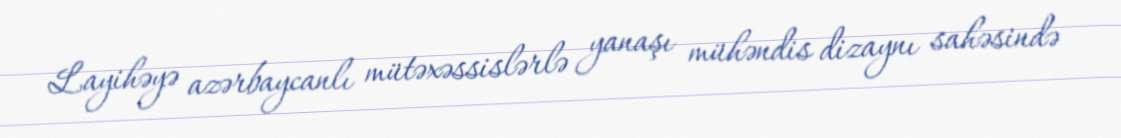
Layihəyə azərbaycanlı mütəxəssislərlə yanaşı mühəndis dizaynı sahəsində